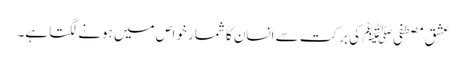
عشقِ مصطفیﷺ کی برکت سے انسان کا شمار خواص میں ہونے لگتا ہے۔